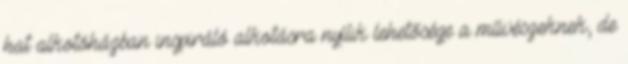
hat alkotóházban inspiráló alkotásra nyílik lehetősége a művészeknek, de